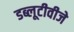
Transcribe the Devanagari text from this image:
डब्लूटीवीजे